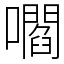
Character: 嚪